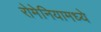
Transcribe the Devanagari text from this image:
रोमेनियामध्ये